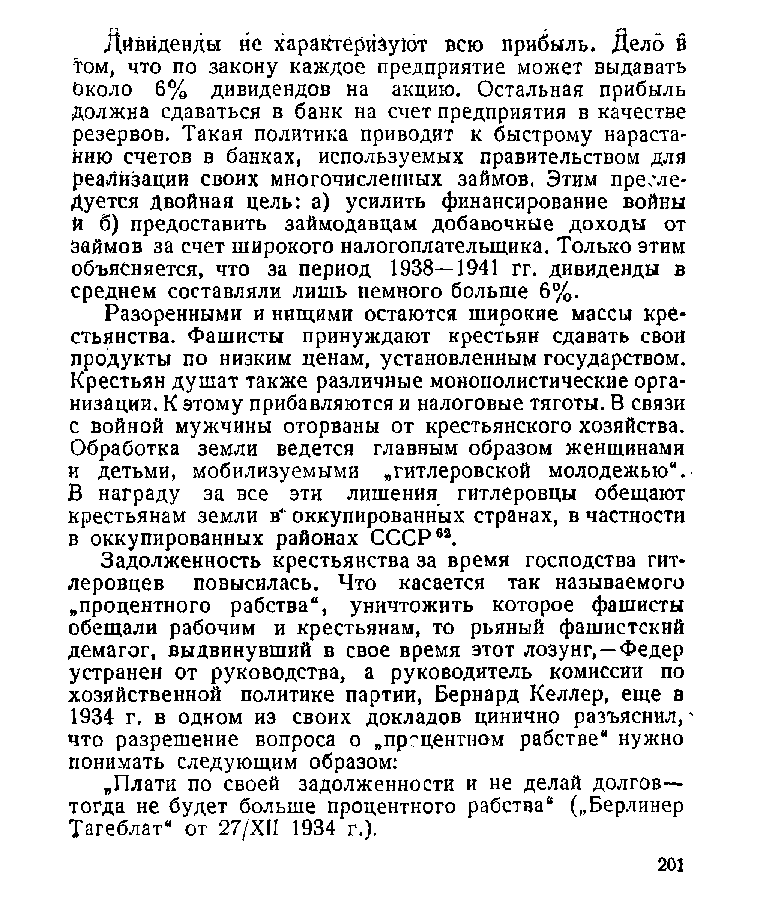
Дйвйденды не характеризуют всю прибыль. Дело в
 'том, что по закону каждое предприятие может выдавать
 Ьколо 6% дивидендов на акцию. Остальная прибыль
 должна сдаваться в банк на счет предприятия в качестве
 резервов. Такая политика приводит к быстрому нараста­
 нию счетов в банках, используемых правительством для
 реализации своих многочисленных займов. Этим пресле­
 дуется Двойная цель: а) усилить финансирование войны
 й б) предоставить займодавцам добавочные доходы от
 займов за счет широкого налогоплательщика. Только этим
 объясняется, что за период 1938—1941 гг. дивиденды в
 среднем составляли лишь немного больше 6%.
 Разоренными и нищими остаются широкие массы кре­
 стьянства. Фашисты принуждают крестьян сдавать свои
 продукты по низким ценам, установленным государством.
 Крестьян душат также различные монополистические орга­
 низации. К этому прибавляются и налоговые тяготы. В связи
 с войной мужчины оторваны от крестьянского хозяйства.
 Обработка земли ведется главным образом женщинами
 и детьми, мобилизуемыми „гитлеровской молодежью“.
 В награду за все эти лишения гитлеровцы обещают
 крестьянам земли в* оккупированных странах, в частности
 в оккупированных районах СССР62.
 Задолженность крестьянства за время господства гит­
 леровцев повысилась. Что касается так называемого
 „процентного рабства“, уничтожить которое фашисты
 обещали рабочим и крестьянам, то рьяный фашистский
 демагог, выдвинувший в свое время этот лозунг,—Федер
 устранен от руководства, а руководитель комиссии по
 хозяйственной политике партии, Бернард Келлер, еще в
 1934 г. в одном из своих докладов цинично разъяснил,'
 что разрешение вопроса о „прсцентном рабстве" нужно
 понимать следующим образом:
 „Плати по своей задолженности и не делай долгов—
 тогда не будет больше процентного рабства" („Берлинер
 Тагеблат" от 27/ХН 1934 г.).
 201